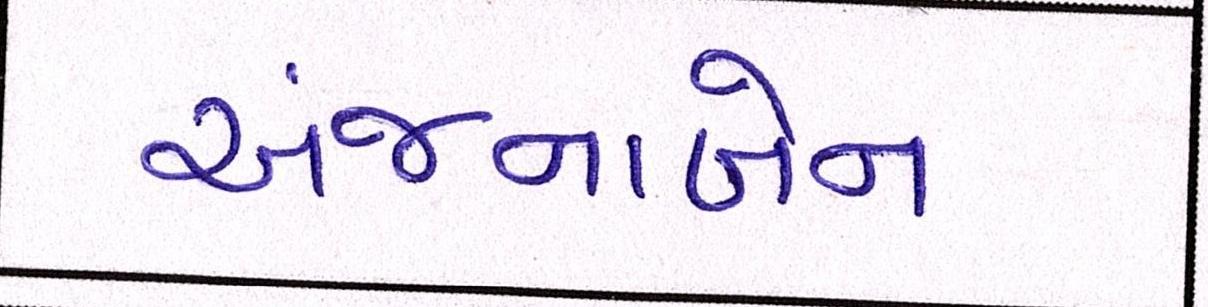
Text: અંજનાબેન